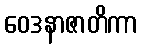
ဝေဒနာဇာတိကာ